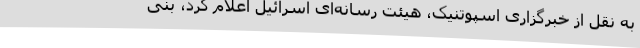
به نقل از خبرگزاری اسپوتنیک، هیئت رسانه‌ای اسرائیل اعلام کرد، بنی